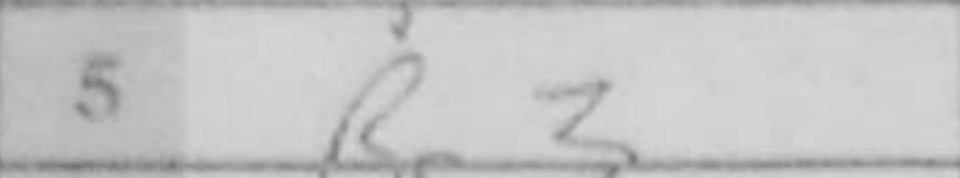
Transcription: Bg3